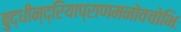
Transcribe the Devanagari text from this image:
बुद्धीन्द्रियाप्राणमनोवचोभिः